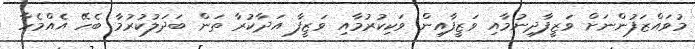
މުވައްޒަފުންނަށް ވަޒީފާދިނުމާއި ވަޒީފާއިން ވަކިކުރުމާއި ވަޒީފާ އަދާކުރާ ތަން ބަދަލުކުރުމާ ބެހޭ އެއްމެހާ